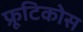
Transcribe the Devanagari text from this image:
फ्रूटिकोस